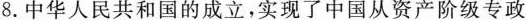
8.中华人民共和国的成立，实现了中国从资产阶级专政